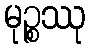
မုဉ္စဿု